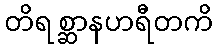
တိရစ္ဆာနဟရီတကိ